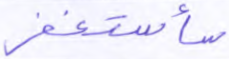
سأستغفر